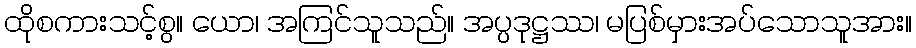
ထိုစကားသင့်စွ။ ယော၊ အကြင်သူသည်။ အပ္ပဒုဋ္ဌဿ၊ မပြစ်မှားအပ်သောသူအား။